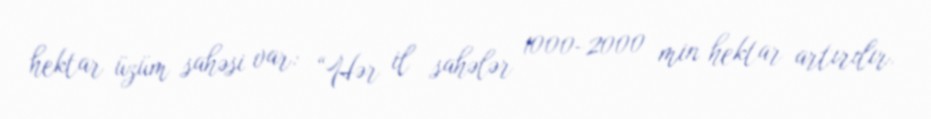
hektar üzüm sahəsi var: “Hər il sahələr 1000-2000 min hektar artırılır.